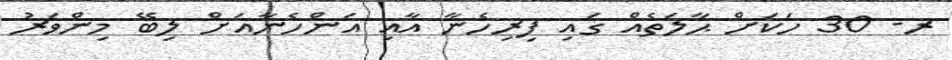
ރ- 30 ހަކަށް ޙާލަތެއް ގައި ފިރިހެނާ އާއި އަންހެނާއަށް ލިބޭ މިންވަރު